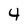
Character: 4